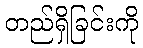
တည်ရှိခြင်းကို